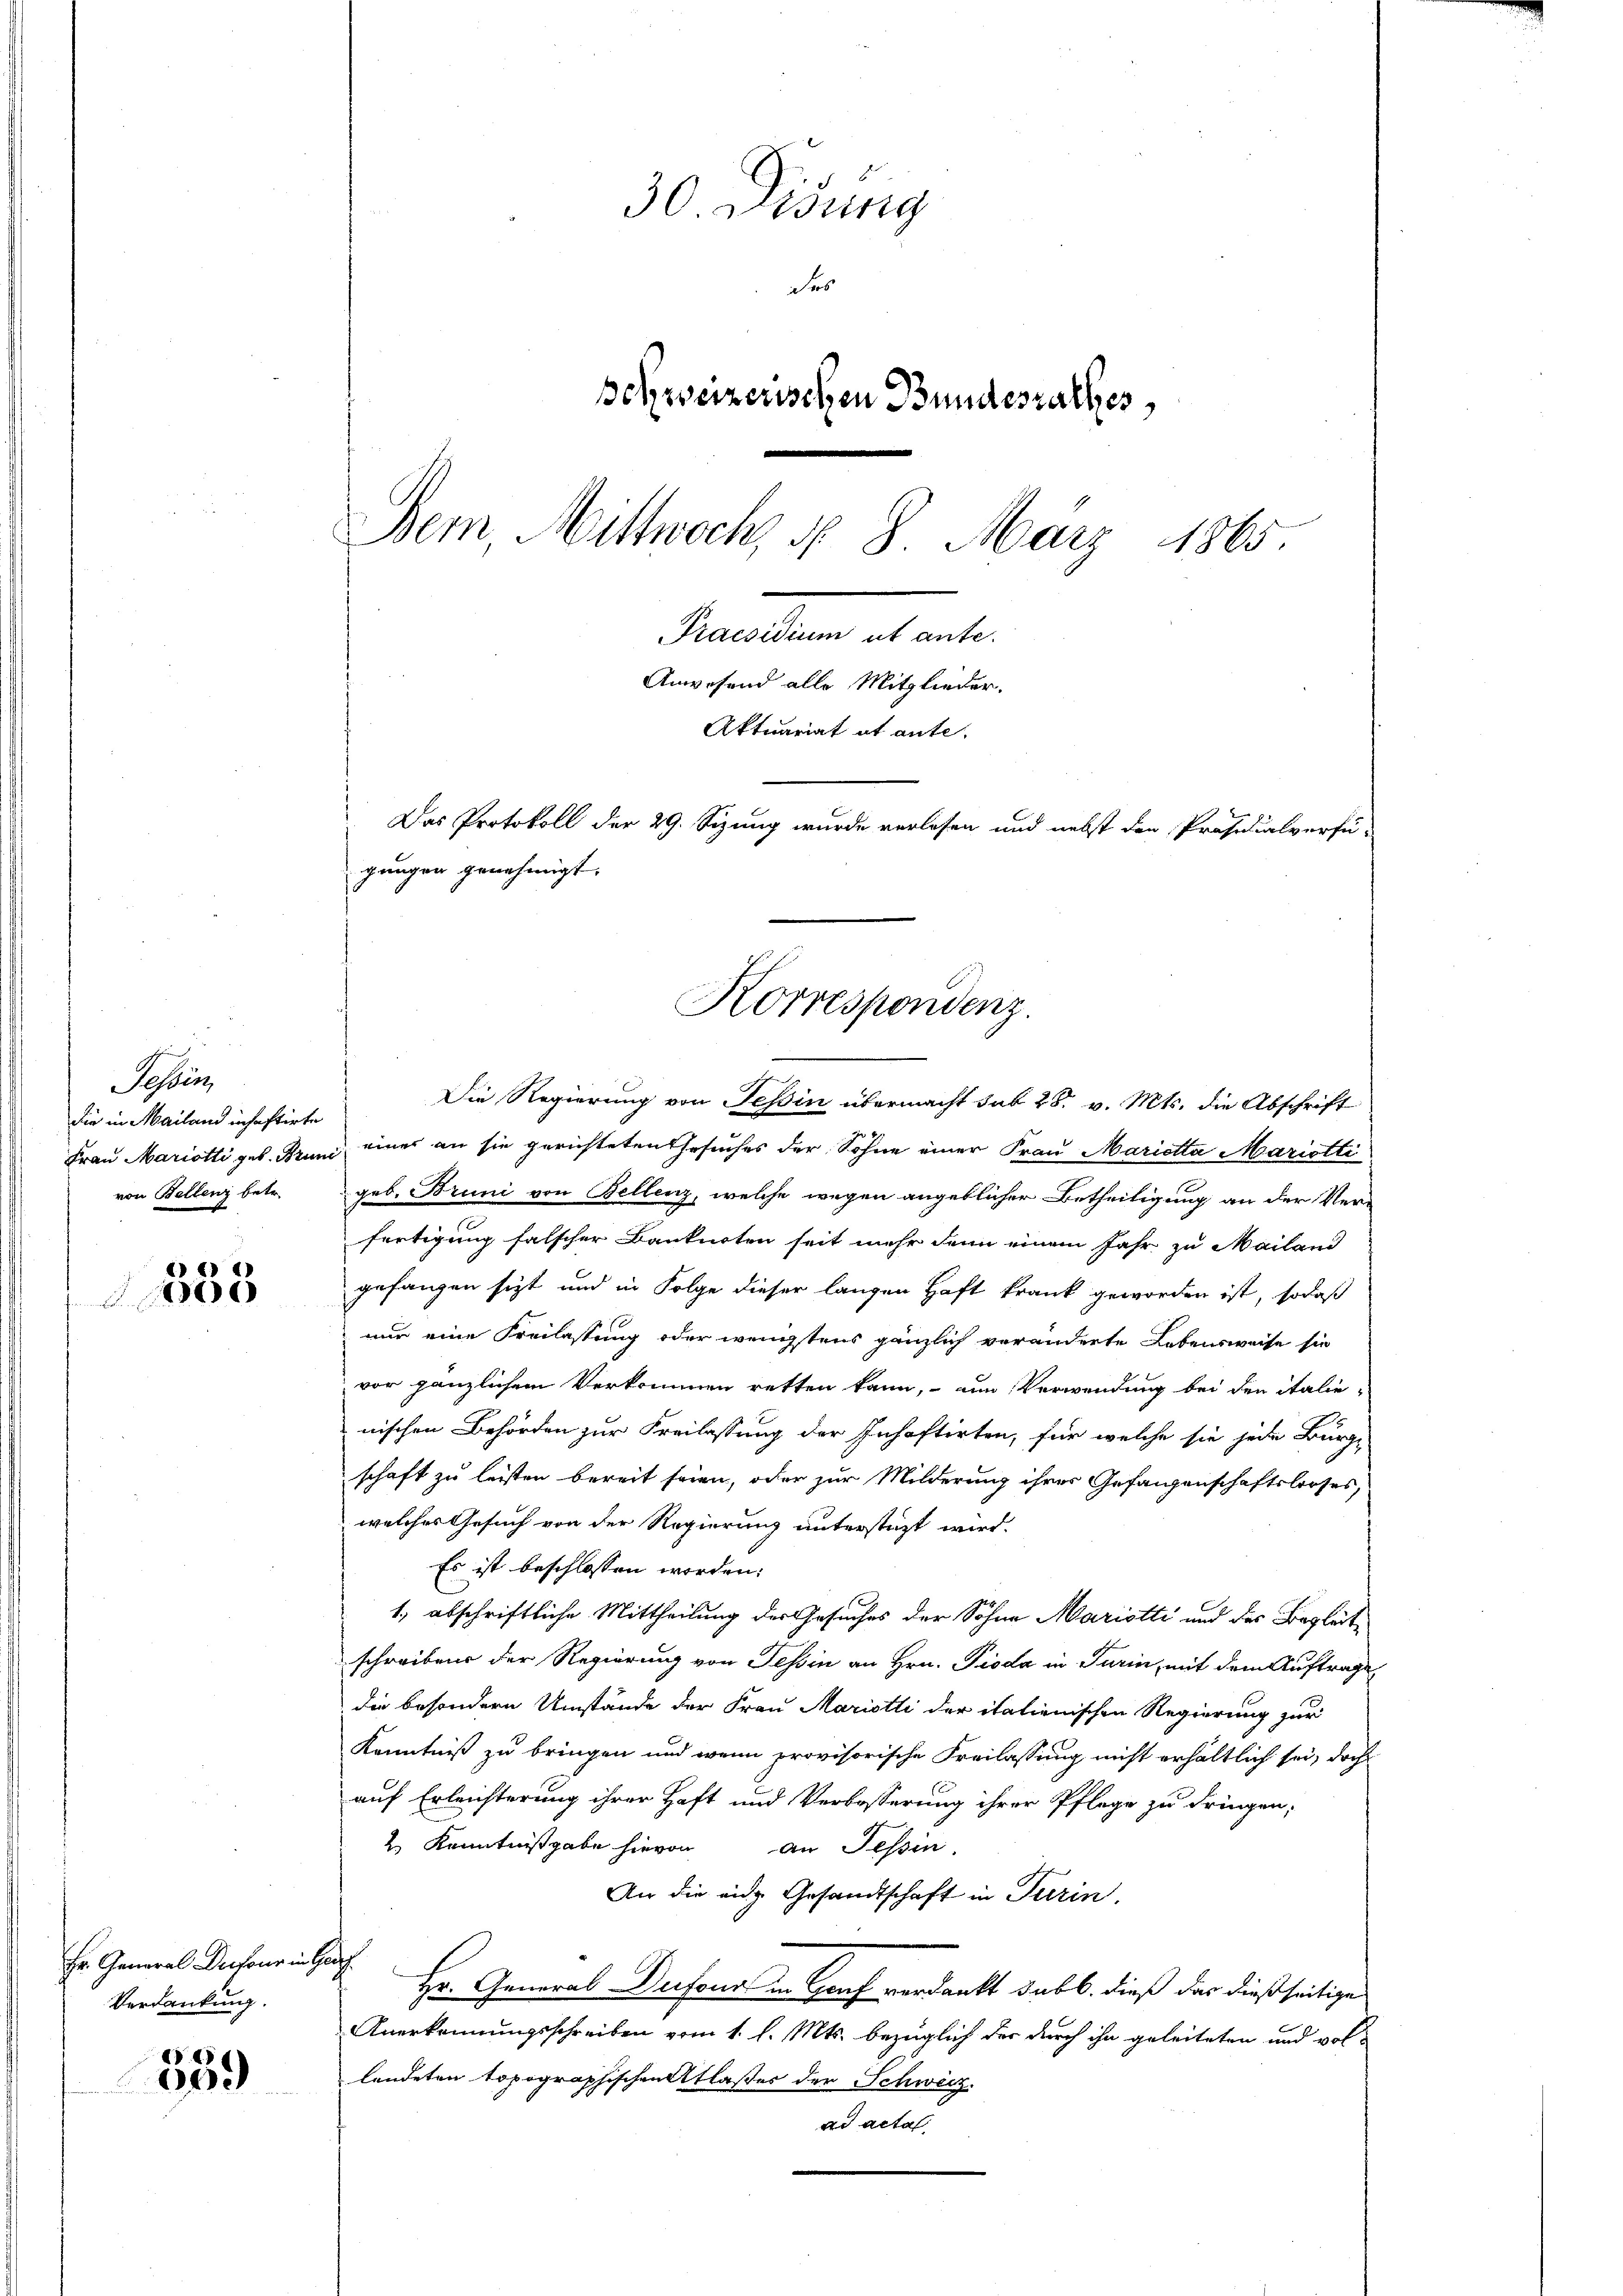
Tessin,
die in Mailand inhaftirte
von Ballenz betr.

558

Fr. General Defour in Gade
Verdankung.

.
609

30 Disung
des
schweizerischen Bundesrathes,
Bem, Mittwoch, § 8. März 1865.
Grandlung es ande
Anwesend alle Mitglieder.
Aktuariat et ante
Das Protokoll der 29. Sizung wurde verlesen und nebst den Präsidialverfü-
gangen genehmigt.

Die Regierung von Teßin übermacht sub 28. v. Mts. die Abschrift
Frau Mariotti geb. Brund eines an sie gerichteten Gesuches der Sohne einer Frau Marietta Mariotti
geb. Bruni von Bellenz, welche wegen angeblicher Betheiligung an der Verfertigung falscher Banknoten seit mehr denn einem Jahr zu Mailand
gefangen sit und in Folge dieser langen Haft krank geworden ist, sodaß
nur eine Freilassung oder wenigstens gänzlich veränderte Lebensweise sie
vor gänzlichem Verkommen retten kann, um Verwendung bei den italie-
nischen Behörden zur Freilassung der Inhaftirten, für welche sie jede Bürg-
schaft zu leisten bereit seien, oder zur Milderung ihrer Gefangenschaftslooses,
welches Gesuch von der Regierung unterstüzt wird.
Es ist beschlossen worden.
1. abschriftliche Mittheilung der Gesuches der Sohne Mariotti und der Begleitschreiben der Regierung von Tessin an Hrn. Pioda in Turin, mit dem Auftrage
die besondern Umstände der Frau Maristli der italienischen Regierung zur
Kenntniß zu bringen und wenn provisorische Freilassung nicht erhältlich sei, dahe
auf Erleichterung ihrer Haft und Verbosserung ihrer Pflege zu dringen;
2 Kenntnißgabe hievon an Tessin.
An die eidg. Gesandtschaft in Turin,
Hr. General Deifona in Genf verdankt sub b. dieß das dießseitige
Anerkennungsschreiben vom 1. l. Mts. bezüglich der durch ihn geleiteten und vollendeten Topographischentlasser der Schweiz.
ad acta

Korrespondenz.